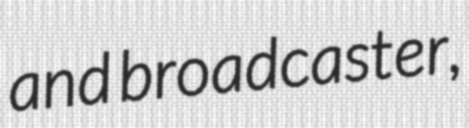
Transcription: and broadcaster,